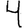
Digit: 4